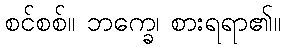
စင်စစ်။ ဘက္ခေ၊ စားရရာ၏။